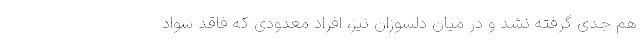
هم جدی گرفته نشد و در میان دلسوزان نیز، افراد معدودی که فاقد سواد